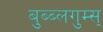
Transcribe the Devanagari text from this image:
बुब्ब्लगुम्स्